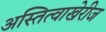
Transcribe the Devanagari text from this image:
अस्तित्वाखेरीज